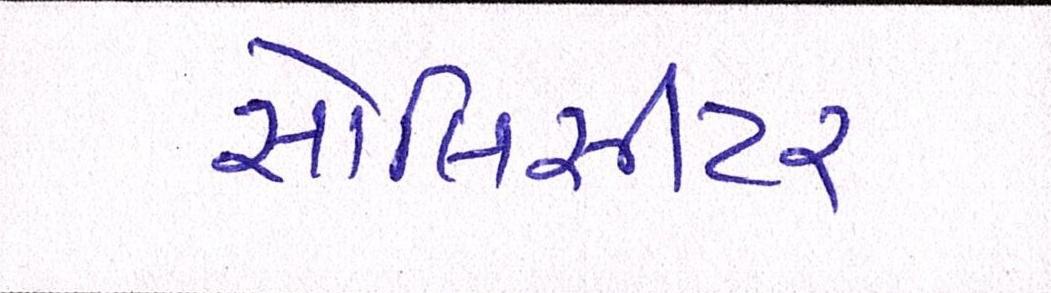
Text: સોલિસીટર